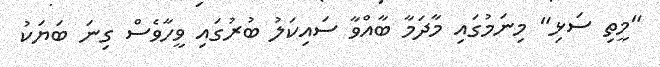
"މީތި ސަޅި" މިނަމުގައި މާދަމާ ބާއްވާ ސައިކަލު ބުރުގައި ވީހާވެސް ގިނަ ބަޔަކު